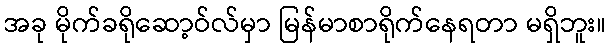
အခု မိုက်ခရိုဆော့ဝ်လ်မှာ မြန်မာစာရိုက်နေရတာ မရှိဘူး။